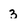
Character: 3